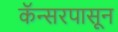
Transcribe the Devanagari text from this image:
कॅन्सरपासून